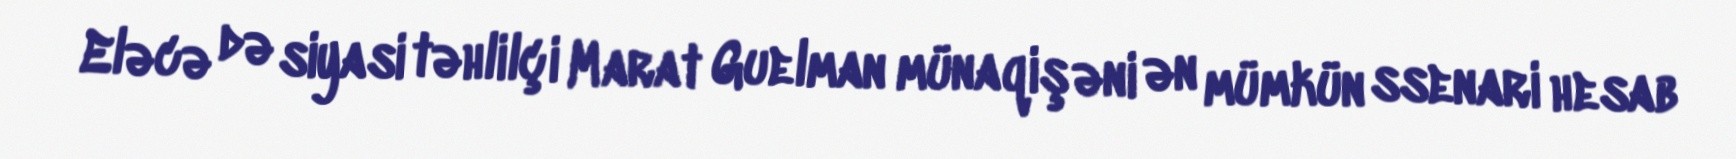
Eləcə də siyasi təhlilçi Marat Guelman münaqişəni ən mümkün ssenari hesab